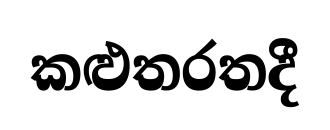
කළුතරතදී